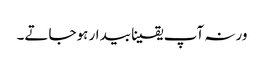
ورنہ آپ یقینا بیدار ہوجاتے۔